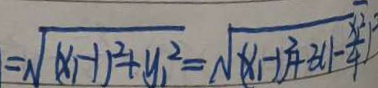
= \sqrt { ( x - 1 ) ^ { 2 } + y ^ { 2 } } = \sqrt { ( x - 1 ) ^ { 2 } + 3 ( 1 - \frac { x } { 4 } ) ^ { 2 } }